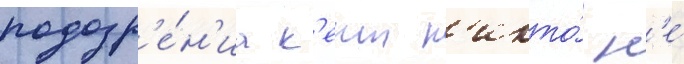
подозр'е́н'иа к'еит н'икто́ н'е́